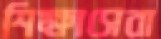
শিক্ষাসেবা